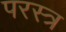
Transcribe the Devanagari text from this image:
परस्त्र